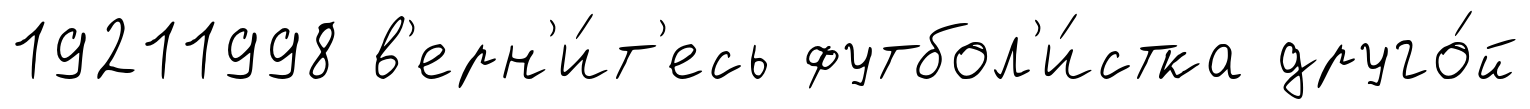
19211998 в'ерн'и́т'есь футбол'и́стка друго́й